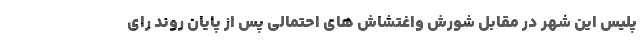
پلیس این شهر در مقابل شورش واغتشاش های احتمالی پس از پایان روند رای